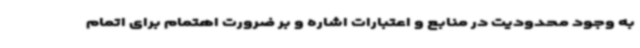
به وجود محدودیت در منابع و اعتبارات اشاره و بر ضرورت اهتمام برای اتمام